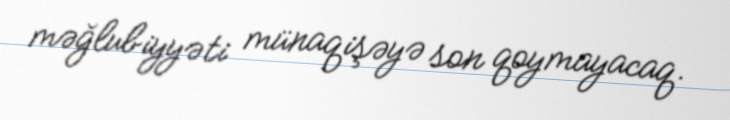
məğlubiyyəti münaqişəyə son qoymayacaq.